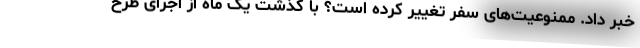
خبر داد. ممنوعیت‌های سفر تغییر کرده است؟ با گذشت یک ماه از اجرای طرح